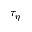
\tau _ { \eta }